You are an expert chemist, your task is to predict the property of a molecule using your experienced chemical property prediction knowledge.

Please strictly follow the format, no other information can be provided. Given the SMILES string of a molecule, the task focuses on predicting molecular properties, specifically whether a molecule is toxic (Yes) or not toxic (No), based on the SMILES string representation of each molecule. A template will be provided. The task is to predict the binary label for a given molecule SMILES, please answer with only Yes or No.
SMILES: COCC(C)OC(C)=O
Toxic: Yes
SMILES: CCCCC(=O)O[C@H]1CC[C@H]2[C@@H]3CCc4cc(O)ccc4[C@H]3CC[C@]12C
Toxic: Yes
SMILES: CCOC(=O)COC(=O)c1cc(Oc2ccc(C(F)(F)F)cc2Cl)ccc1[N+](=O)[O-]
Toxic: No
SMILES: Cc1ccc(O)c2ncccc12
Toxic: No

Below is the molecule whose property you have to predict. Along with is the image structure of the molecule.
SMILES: CC1(C)S[C@@H]2[C@H](NC(=O)[C@H](N)c3ccccc3)C(=O)N2[C@H]1C(=O)OCOC(=O)[C@@H]1N2C(=O)C[C@H]2S(=O)(=O)C1(C)C
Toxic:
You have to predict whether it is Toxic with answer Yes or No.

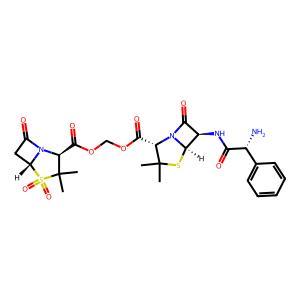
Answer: No